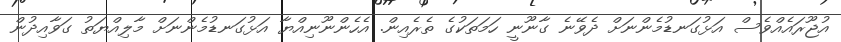
އުޖޫރައެއްވެސް އަޅުގަނޑުމެންނަށް ދެވޭނެ ގާނޫނީ ހަމަތަކުގެ ތެރެއިން. އެހެންނޫނިއްޔާ އަޅުގަނޑުމެންނަށް މާލިއްޔަތު ގަވާއިދުން